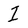
Character: I